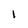
Character: l